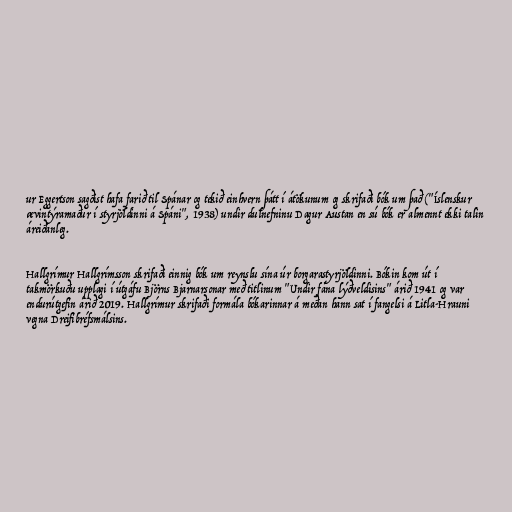
ur Eggertson sagðist hafa farið til Spánar og tekið einhvern þátt í átökunum og skrifaði bók um það ("Íslenskur
ævintýramaður í styrjöldinni á Spáni", 1938) undir dulnefninu Dagur Austan en sú bók er almennt ekki talin
áreiðanleg.

Hallgrímur Hallgrímsson skrifaði einnig bók um reynslu sína úr borgarastyrjöldinni. Bókin kom út í
takmörkuðu upplagi í útgáfu Björns Bjarnarsonar með titlinum "Undir fána lýðveldisins" árið 1941 og var
endurútgefin árið 2019. Hallgrímur skrifaði formála bókarinnar á meðan hann sat í fangelsi á Litla-Hrauni
vegna Dreifibréfsmálsins.